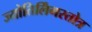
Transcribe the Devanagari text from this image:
ज्योतिर्लिंगस्तोत्र